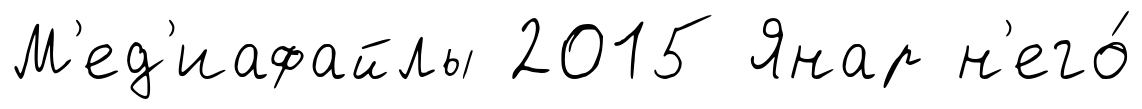
М'ед'иафайлы 2015 Янар н'его́